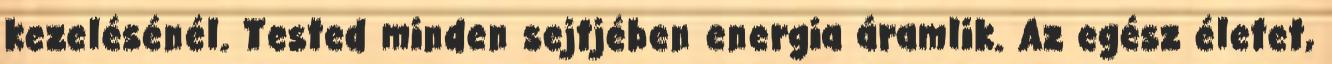
kezelésénél. Tested minden sejtjében energia áramlik. Az egész életet,